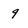
Character: 9